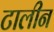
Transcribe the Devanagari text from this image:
टालीन